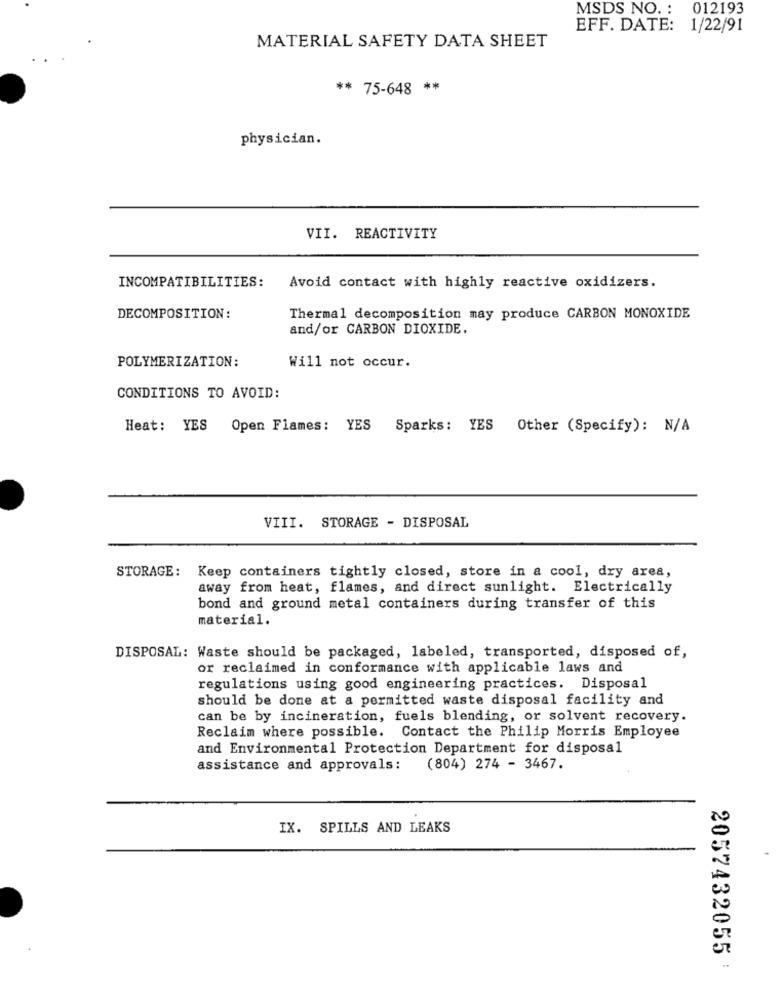
MSDS NO. :
012193
EFF. DATE: 1/22/91
MATERIAL SAFETY DATA SHEET
** 75-648 **
physician.
VII. REACTIVITY
INCOMPATIBILITIES:
Avoid contact with highly reactive oxidizers.
DECOMPOSITION:
Thermal decomposition may produce CARBON MONOXIDE
and/or CARBON DIOXIDE.
POLYMERIZATION:
Will not occur.
CONDITIONS TO AVOID:
Heat: YES
Open Flames: YES Sparks: YES Other (Specify): N/A
VIII. STORAGE - DISPOSAL
STORAGE: Keep containers tightly closed, store in a cool, dry area,
away from heat, flames, and direct sunlight. Electrically
bond and ground metal containers during transfer of this
material.
DISPOSAL: Waste should be packaged, labeled, transported, disposed of,
or reclaimed in conformance with applicable laws and
regulations using good engineering practices. Disposal
should be done at a permitted waste disposal facility and
can be by incineration, fuels blending, or solvent recovery.
Reclaim where possible. Contact the Philip Morris Employee
and Environmental Protection Department for disposal
assistance and approvals: (804) 274 - 3467.
IX. SPILLS AND LEAKS
2057432055 :